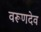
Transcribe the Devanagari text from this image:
वरूणदेव